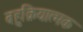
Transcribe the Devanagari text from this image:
बहुक्रियात्मक